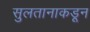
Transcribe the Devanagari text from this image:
सुलतानाकडून